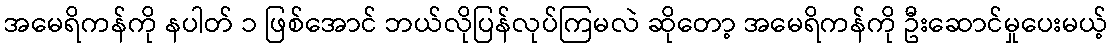
အမေရိကန်ကို နပါတ် ၁ ဖြစ်အောင် ဘယ်လိုပြန်လုပ်ကြမလဲ ဆိုတော့ အမေရိကန်ကို ဦးဆောင်မှုပေးမယ့်